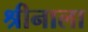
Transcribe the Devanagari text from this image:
श्रीनाला